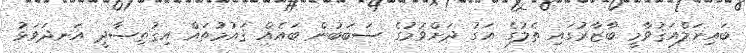
ބައިނަލްއަޤުވާމީ ބާޒާރުގައި ތެލުގެ އަގު ދަށްވުމުގެ ސަބަބުން ބައެއް ޤައުމުތައް އިޤުތިޞާދީ އަނދަވަޅު